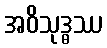
အဝိသုဒ္ဓဿ